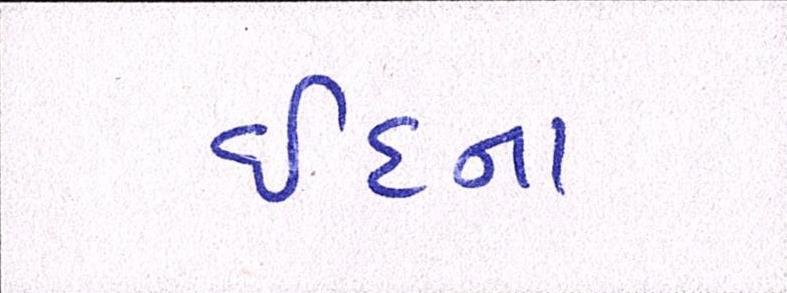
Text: ઈદના